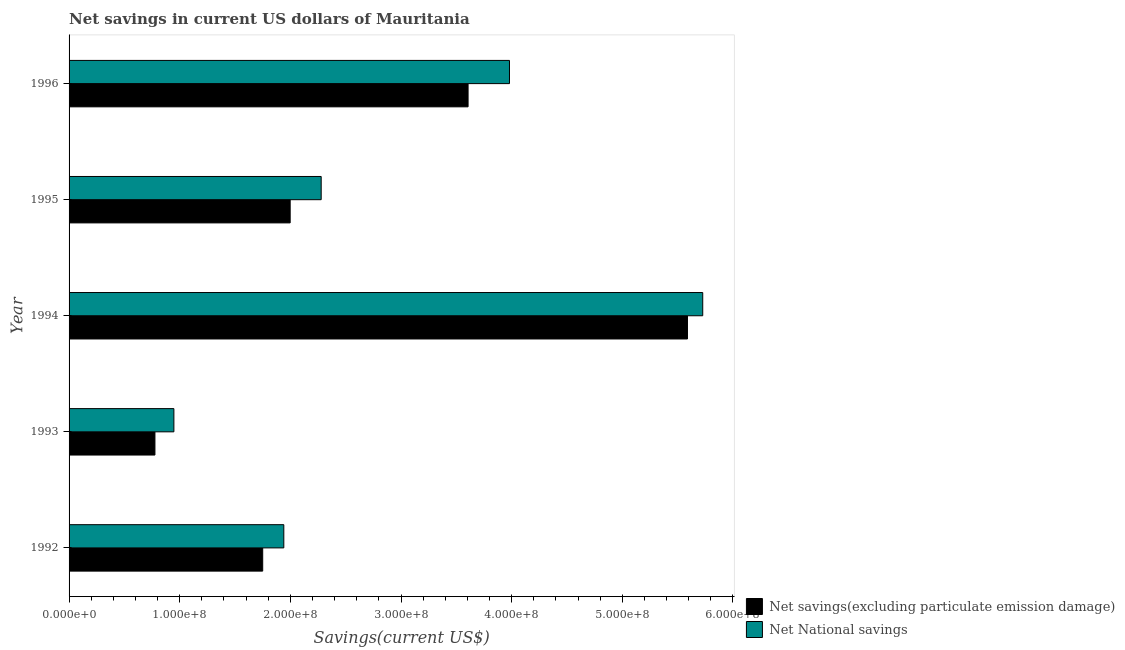
| Year | Net savings(excluding particulate emission damage) | Net National savings |
 | --- | --- | --- |
 | 1992 | 1.75e+08 | 1.94e+08 |
 | 1993 | 7.76e+07 | 9.47e+07 |
 | 1994 | 5.59e+08 | 5.73e+08 |
 | 1995 | 2e+08 | 2.28e+08 |
 | 1996 | 3.61e+08 | 3.98e+08 |